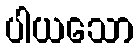
ပါယသော